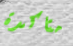
متاكدة